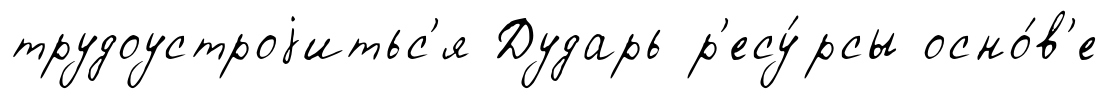
трудоустроjитьс'я Дударь р'есу́рсы осно́в'е